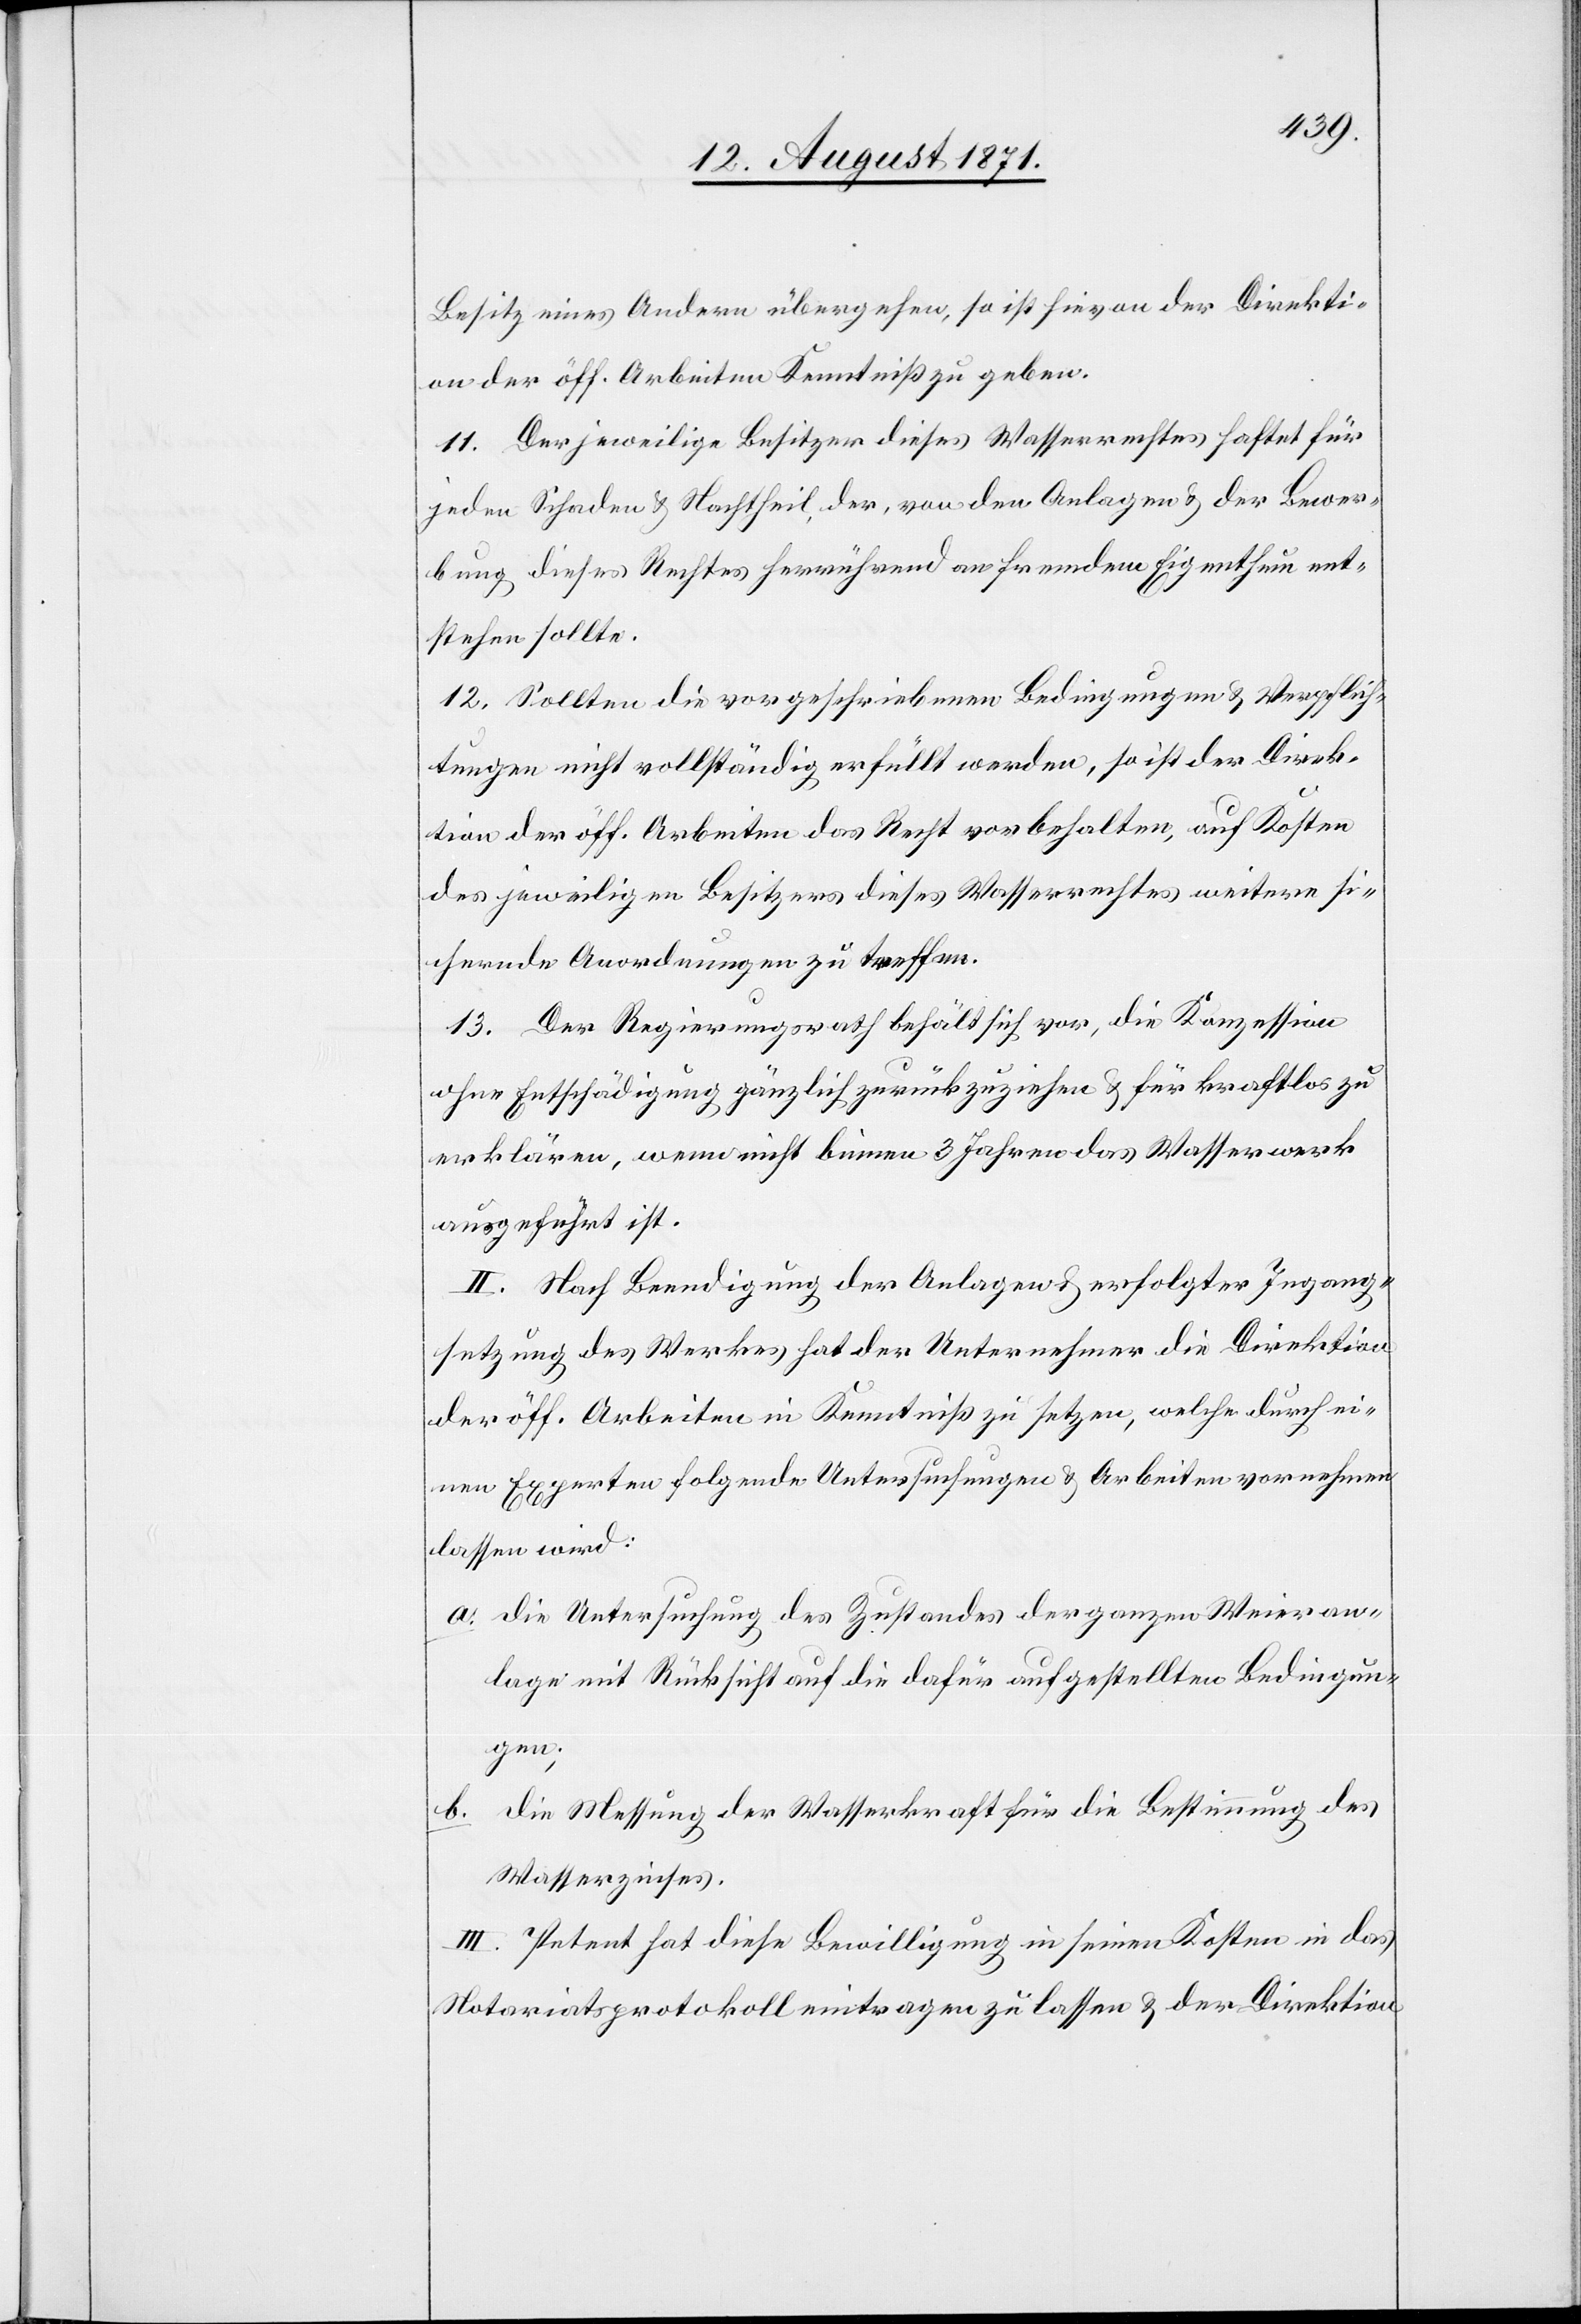
Besitz eines Andern übergehen, so ist hieran der Direkti¬
on der öff. Arbeiten Kenntniß zu geben.
11. Der jeweilige Besitzer dieses Wasserrechtes haftet für
jeden Schaden & Nachtheil, der, von den Anlagen & der Bewer¬
bung dieses Rechtes herrührend an fremdem Eigenthum ent¬
stehen sollte.
12. Sollten die vorgeschriebenen Bedingungen & Verpflich¬
tungen nicht vollständig erfüllt werden, so ist der Direk¬
tion der öff. Arbeiten das Recht vorbehalten, auf Kosten
des jeweiligen Besitzers dieses Wasserrechtes weitere si¬
chernde Anordnungen zu treffen.
13. Der Regierungsrath behält sich vor, die Konzession
ohne Entschädigung gänzlich zurückzuziehen & für kraftlos zu
erklären, wenn nicht binnen 3 Jahren das Wasserwerk
ausgeführt ist.
II. Nach Beendigung der Anlagen & erfolgter Ingang¬
setzung des Werkes hat der Unternehmer die Direktion
der öff. Arbeiten in Kenntniß zu setzen, welche durch ei¬
nen Experten folgende Untersuchungen & Arbeiten vornehmen
lassen wird:
a. die Untersuchung des Zustandes der ganzen Weieran¬
lage mit Rücksicht auf die dafür aufgestellten Bedingun¬
gen;
b. die Messung der Wasserkraft für die Bestimmung des
Wasserzinses.
III. Petent hat diese Bewilligung in seinen Kosten in das
Notariatsprotokoll eintragen zu lassen & der Direktion